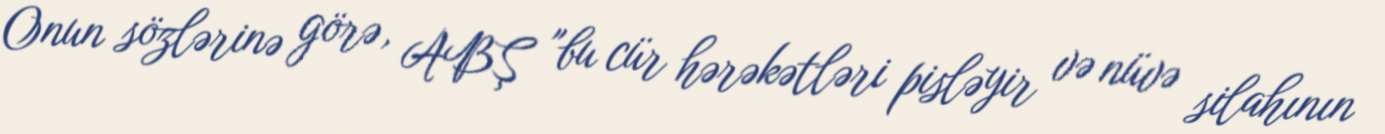
Onun sözlərinə görə, ABŞ "bu cür hərəkətləri pisləyir və nüvə silahının